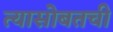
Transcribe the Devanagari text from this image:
त्यासोबतची